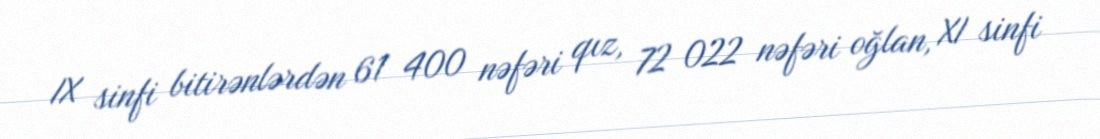
IX sinfi bitirənlərdən 61 400 nəfəri qız, 72 022 nəfəri oğlan, XI sinfi